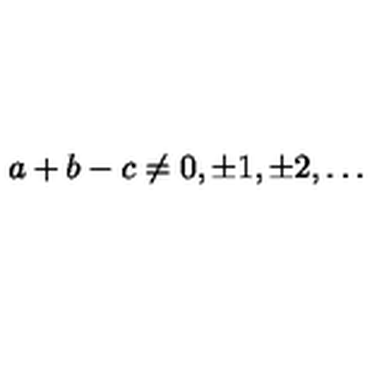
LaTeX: a + b - c \neq 0 , \pm 1 , \pm 2 , \ldots